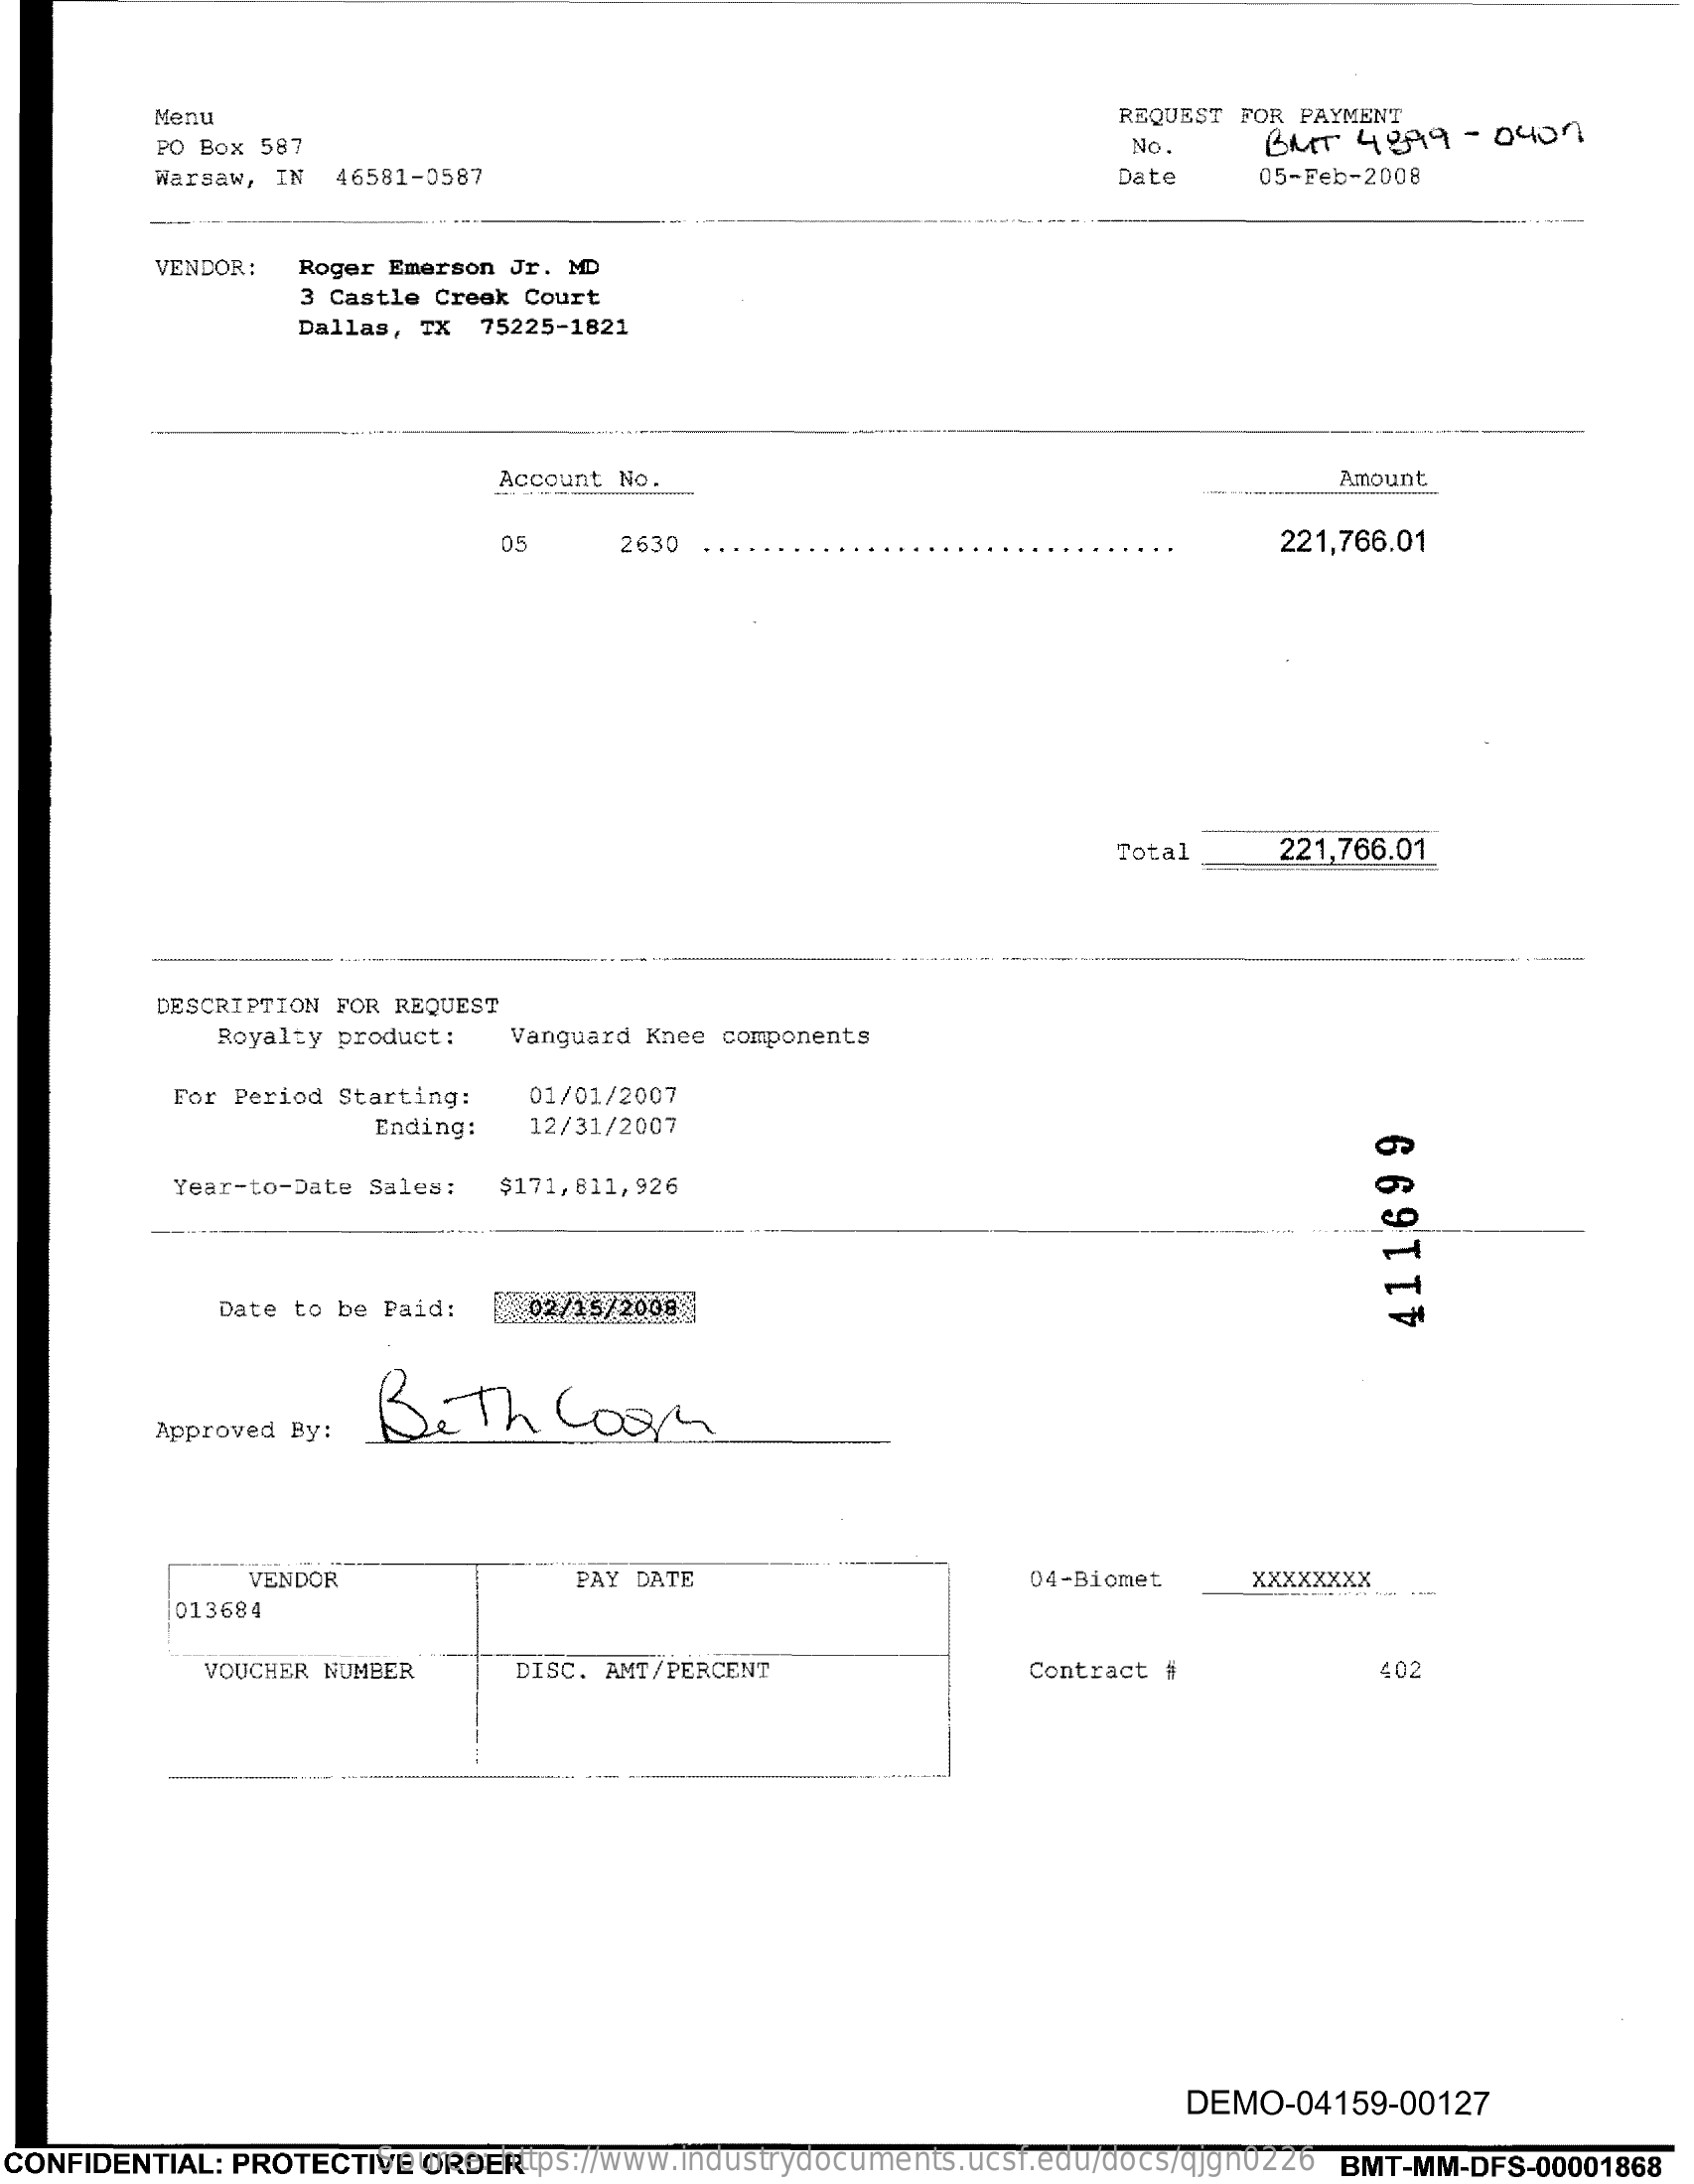
Menu    REQUEST FOR PAYMENT
     PO Box 587    No.    BUT  4899   - 0400
     Warsaw, IN  46581-0587    Date    05-Feb-2008
     VENDOR:  Roger Emerson Jr. MD
     3 Castle Creek Court
     Dallas, TX  75225-1821
     Account No.    Amount
     05    2630    221,766.01
     Total    221,766.01
     DESCRIPTION FOR REQUEST
     Royalty product :  Vanguard Knee components
     For Period Starting:   01/01/2007
     Ending:   12/31/2007
     Year-to-Date Sales:  $171,611,926
     Date to be Paid:    02/15/2008
     411699
     Beth    Coom
     Approved By:
     VENDOR    PAY DATE    04-Biomet.    XXXXXXXX
     013684
     VOUCHER NUMBER    DISC. AMT/PERCENT    Contract #    402
     DEMO-04159-00127
  CONFIDENTIAL: PROTECTIVE ORDER Source: https://www.industrydocuments.ucsf.edu/docs/qjgn0226 BMT-MM-DFS-00001868